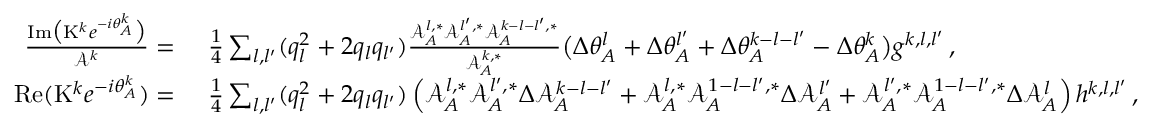
\begin{array} { r l } { \frac { \mathrm { I m } \big ( \mathrm { K } ^ { k } e ^ { - i \theta _ { A } ^ { k } } \big ) } { \mathcal { A } ^ { k } } = } & { ~ \frac { 1 } { 4 } \sum _ { { l } , { l ^ { \prime } } } ( q _ { l } ^ { 2 } + 2 q _ { l } q _ { l ^ { \prime } } ) \frac { \mathcal { A } _ { A } ^ { l , * } \mathcal { A } _ { A } ^ { l ^ { \prime } , * } \mathcal { A } _ { A } ^ { k - { l } - { l ^ { \prime } } , * } } { \mathcal { A } _ { A } ^ { k , * } } \big ( \Delta \theta _ { A } ^ { l } + \Delta \theta _ { A } ^ { l ^ { \prime } } + \Delta \theta _ { A } ^ { k - { l } - { l ^ { \prime } } } - \Delta \theta _ { A } ^ { k } \big ) g ^ { k , l , l ^ { \prime } } \, , } \\ { \mathrm { R e } ( \mathrm { K } ^ { k } e ^ { - i \theta _ { A } ^ { k } } ) = } & { ~ \frac { 1 } { 4 } \sum _ { { l } , { l ^ { \prime } } } ( q _ { l } ^ { 2 } + 2 q _ { l } q _ { l ^ { \prime } } ) \left( \mathcal { A } _ { A } ^ { l , * } \mathcal { A } _ { A } ^ { l ^ { \prime } , * } \Delta \mathcal { A } _ { A } ^ { k - { l } - { l ^ { \prime } } } + \mathcal { A } _ { A } ^ { l , * } \mathcal { A } _ { A } ^ { 1 - { l } - { l ^ { \prime } } , * } \Delta \mathcal { A } _ { A } ^ { l ^ { \prime } } + \mathcal { A } _ { A } ^ { l ^ { \prime } , * } \mathcal { A } _ { A } ^ { 1 - { l } - { l ^ { \prime } } , * } \Delta \mathcal { A } _ { A } ^ { l } \right) h ^ { k , l , l ^ { \prime } } \, , } \end{array}